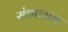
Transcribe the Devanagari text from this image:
संचालान